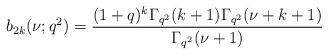
LaTeX: \begin{align*}b_{2k}(\nu;q^2)=\frac{(1+q)^{k}\Gamma_{q^2}(k+1)\Gamma_{q^2}(\nu+k+1)}{\Gamma_{q^2}(\nu+1)}\end{align*}